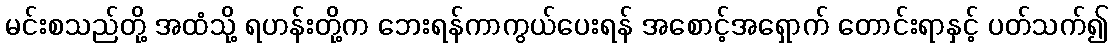
မင်းစသည်တို့ အထံသို့ ရဟန်းတို့က ဘေးရန်ကာကွယ်ပေးရန် အစောင့်အရှောက် တောင်းရာနှင့် ပတ်သက်၍